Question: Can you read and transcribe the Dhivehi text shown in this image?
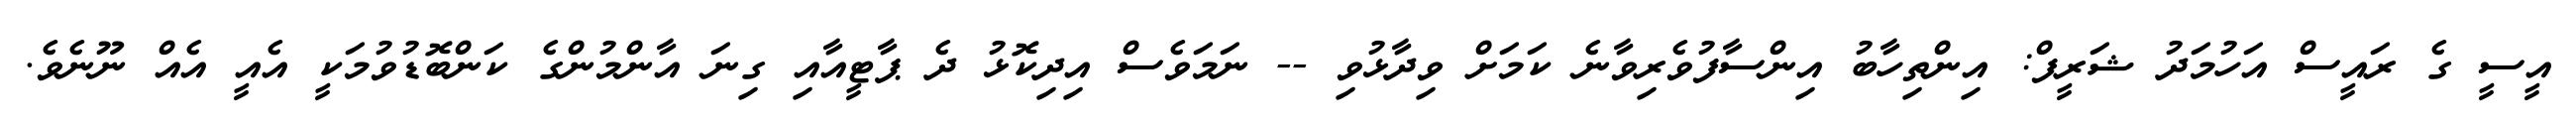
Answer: އީސީ ގެ ރައީސް އަހުމަދު ޝަރީފް: އިންތިހާބު އިންސާފުވެރިވާނެ ކަމަށް ވިދާޅުވި -- ނަމަވެސް އިދިކޮޅު ދެ ޕާޓީއާއި ގިނަ އާންމުންގެ ކަންބޮޑުވުމަކީ އެއީ އެއް ނޫނެވެ.